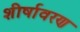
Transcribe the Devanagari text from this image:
शीर्षावरण